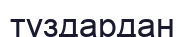
түздардан